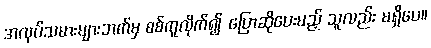
အလုပ်သမားများဘက်မှ စစ်ကူလိုက်၍ ပြောဆိုပေးမည့် သူလည်း မရှိပေ။